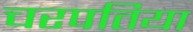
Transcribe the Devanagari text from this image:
चरपतिया